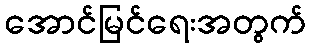
အောင်မြင်ရေးအတွက်